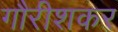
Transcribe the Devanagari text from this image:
गौरीशकर